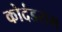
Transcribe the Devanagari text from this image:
कोदंडराम